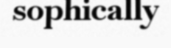
sophically